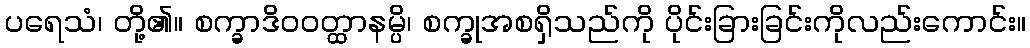
ပရေသံ၊ တို့၏။ စက္ခာဒိဝဝတ္ထာနမ္ပိ၊ စက္ခုအစရှိသည်ကို ပိုင်းခြားခြင်းကိုလည်းကောင်း။